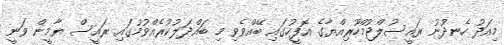
މިއަދު ހެނދުނު ރައީސުލްޖުމްހޫރިއްޔާގެ އޮފީހުގައި ބޭއްވެވި މި ބައްދަލުކުރެއްވުމުގައި ރައީސް ޔާމީން ވަނީ